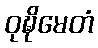
ဝုဍ္ဎိမေတံ